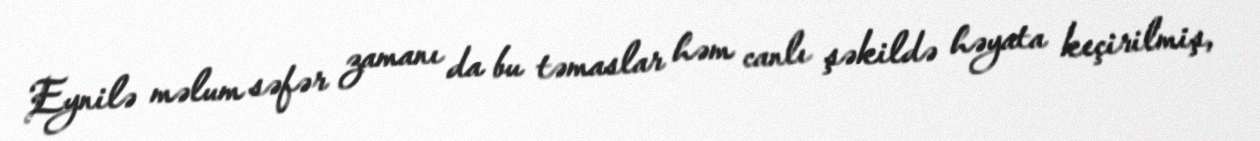
Eynilə məlum səfər zamanı da bu təmaslar həm canlı şəkildə həyata keçirilmiş,